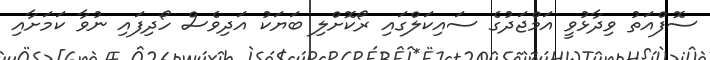
ސޮފްއަތު ވިދާޅުވީ އަމްޖަދުގެ ސައިކަލްގައި ރޯކޮށްލި ބަޔަކު އަދިވެސް ހޯދިފައި ނުވާ ކަމަށާއި